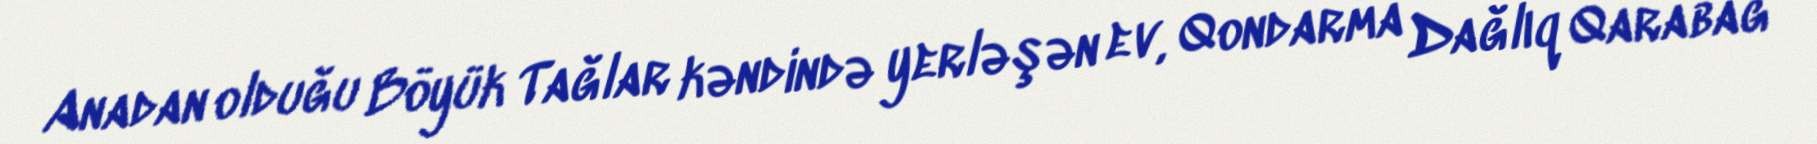
Anadan olduğu Böyük Tağlar kəndində yerləşən ev, Qondarma Dağlıq Qarabağ